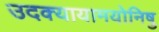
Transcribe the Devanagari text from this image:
उदक्यायामयोनिषु